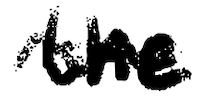
Text: the
Cross-out: mix
Writing tool: digital_black